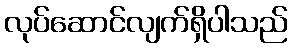
လုပ်ဆောင်လျက်ရှိပါသည်